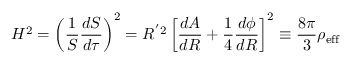
H ^ { 2 } = \left( \frac { 1 } { S } \frac { d S } { d \tau } \right) ^ { 2 } = R ^ { ' 2 } \left[ \frac { d A } { d R } + \frac { 1 } { 4 } \frac { d \phi } { d R } \right] ^ { 2 } \equiv \frac { 8 \pi } { 3 } \rho _ { \mathrm { e f f } }